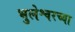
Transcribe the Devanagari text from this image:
भुलेश्वरच्या